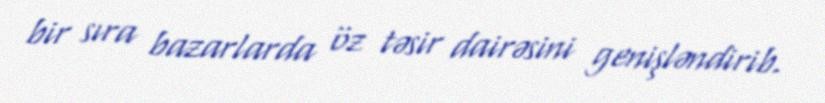
bir sıra bazarlarda öz təsir dairəsini genişləndirib.